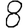
Digit: 8